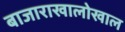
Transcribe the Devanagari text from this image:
बाजाराखालोखाल